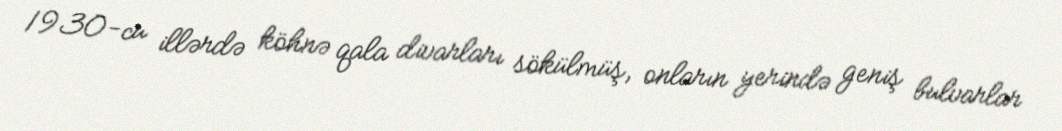
1930-cu illərdə köhnə qala divarları sökülmüş, onların yerində geniş bulvarlar